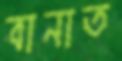
বানাত